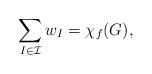
\begin{align*} \sum_{I\in\mathcal{I}} w_I = \chi_f(G), \end{align*}